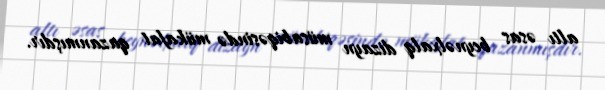
altı əsas beynəlxalq dizayn müsabiqəsində mükafat qazanmışdır.